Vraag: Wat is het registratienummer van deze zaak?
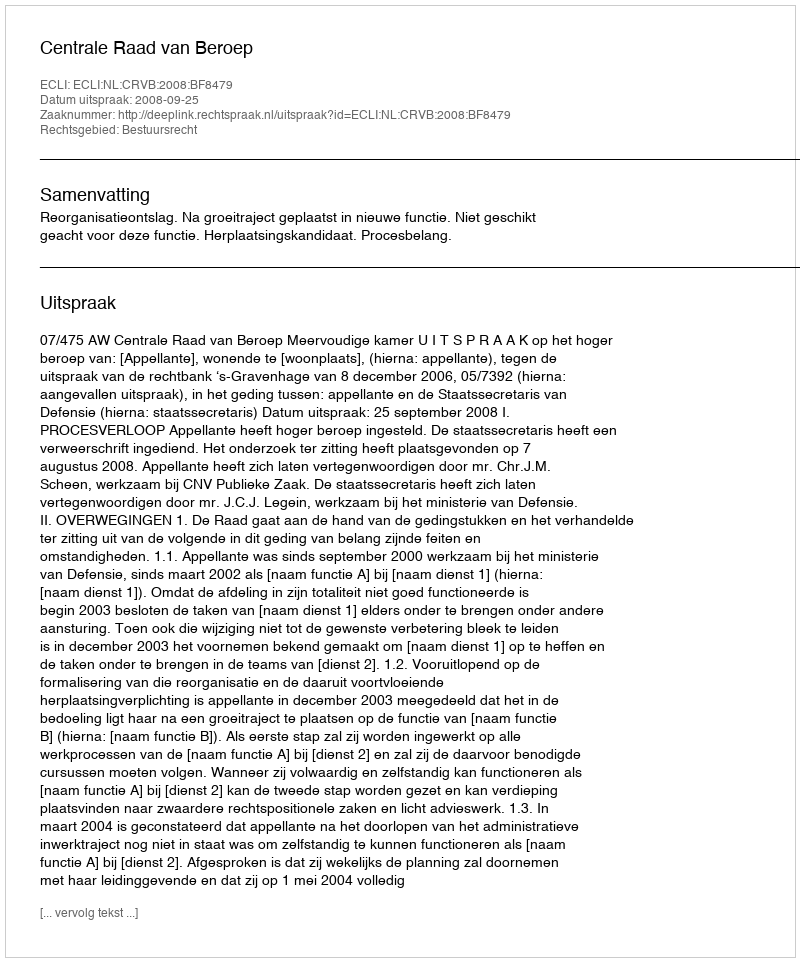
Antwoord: http://deeplink.rechtspraak.nl/uitspraak?id=ECLI:NL:CRVB:2008:BF8479